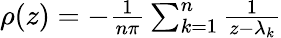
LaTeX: \begin{array}{r}{\rho(z)=-{\frac{1}{n\pi}}\sum_{k=1}^{n}{\frac{1}{z-\lambda_{k}}}}\end{array}